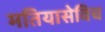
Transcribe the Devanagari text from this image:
मतियासेविच